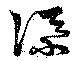
添